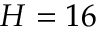
H = 1 6